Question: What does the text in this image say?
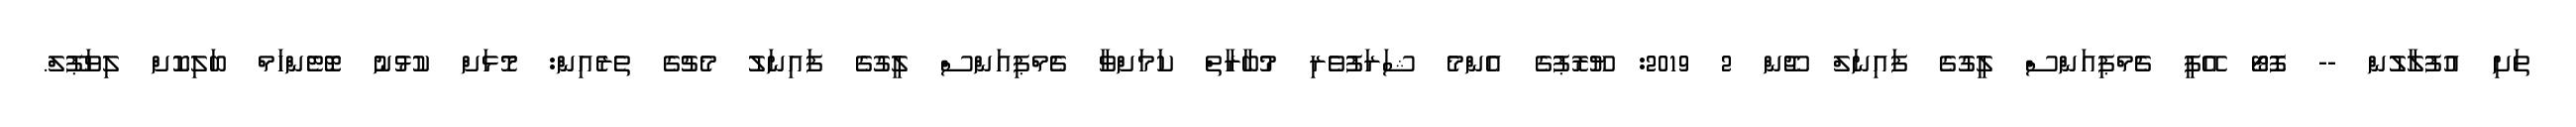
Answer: ތަށި އުފުލާލުން -- ފޮޓޯ އޭޕީ ޗެމްޕިއަންސް ލީގުގެ ފައިނަލް ޖޫން 2 2019: ޔޫރޮޕުގެ އެންމެ ޝަރަފުވެރި މުބާރާތް ކަމަށްވާ ޗެމްޕިއަންސް ލީގުގެ ފައިނަލު މެޗުގެ ތެރެއިން: މޮޅަށް ކުޅުނު ޓޮޓެންހަމް ބަލިކޮށް ލިވަޕޫލް.